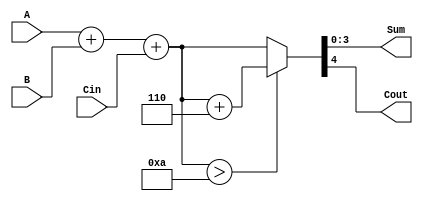
module BCD_cell(
	input[3:0]A,
	input[3:0]B,
	input Cin,
	output[3:0]Sum,
	output Cout
);
wire [4:0]tmp;
assign tmp = A + B + Cin;
assign {Cout, Sum} = (tmp>5'd10)? (tmp + 5'd6):tmp;
endmodule